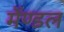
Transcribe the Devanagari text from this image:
मेंण्डल